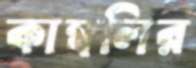
কাম্বলির